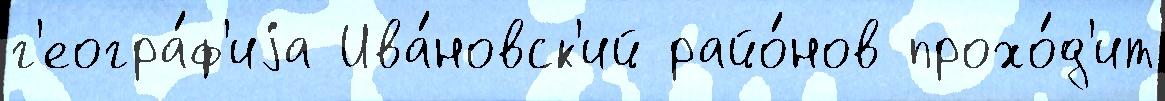
г'еогра́ф'иjа Ива́новск'ий райо́нов прохо́д'ит